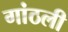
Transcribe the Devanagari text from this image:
गांठली